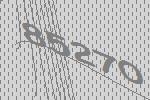
85270